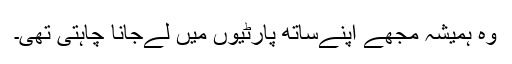
وہ ہمیشہ مجھے اپنےساتھ پارٹیوں میں لےجانا چاہتی تھی۔